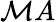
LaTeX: \mathcal{M}A